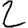
Digit: 2